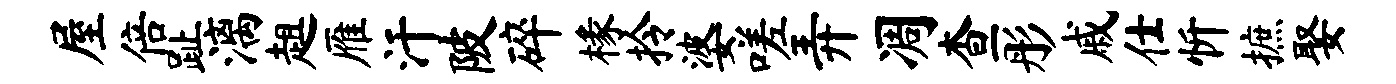
屋倍趾漓趄雁汗陂碎椽拎婆嗟弄凋查彤戚仕忻摭娶